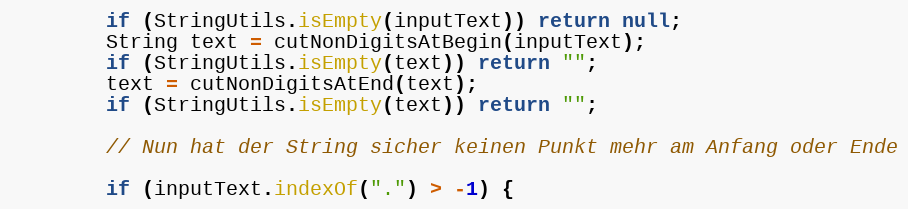
Language: Java
		if (StringUtils.isEmpty(inputText)) return null;
		String text = cutNonDigitsAtBegin(inputText);
		if (StringUtils.isEmpty(text)) return "";
		text = cutNonDigitsAtEnd(text);
		if (StringUtils.isEmpty(text)) return "";

		// Nun hat der String sicher keinen Punkt mehr am Anfang oder Ende

		if (inputText.indexOf(".") > -1) {